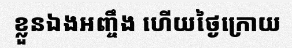
ខ្លួនឯងអញ្ចឹង ហើយថ្ងៃក្រោយ